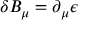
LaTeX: \delta B _ { \mu } = \partial _ { \mu } \epsilon